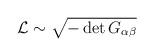
\begin{align*}{\cal L} \sim \sqrt {-\det G_{\alpha\beta}}\end{align*}